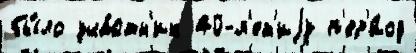
бы́ло уча́стн'ик 40-л'ет'иjу п'ер'и́од